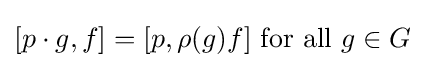
[p\cdot g,f]=[p,\rho (g)f]{\mbox{ for all }}g\in G